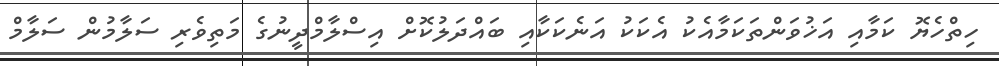
ހިތްހެޔޮ ކަމާއި އަޚުވަންތަކަމާއެކު އެކަކު އަނެކަކާއި ބައްދަލުކޮށް އިސްލާމްދީނުގެ މަތިވެރި ސަލާމުން ސަލާމް